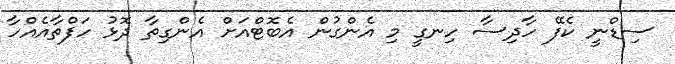
ސިޑްނީ ކެފޭ ހާދިސާ ހިނގީ މި އެންގުން އެބޮޓްއަށް އެންގިތާ ދޮޅު ހަފްތާއެއްހާ